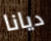
ديانا